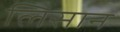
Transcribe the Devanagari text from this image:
लिसान